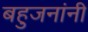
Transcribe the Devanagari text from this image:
बहुजनांनी